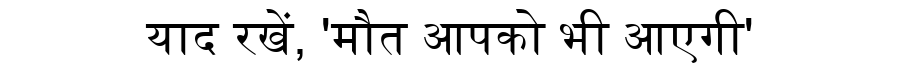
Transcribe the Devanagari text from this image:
याद रखें, 'मौत आपको भी आएगी'